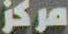
مركز